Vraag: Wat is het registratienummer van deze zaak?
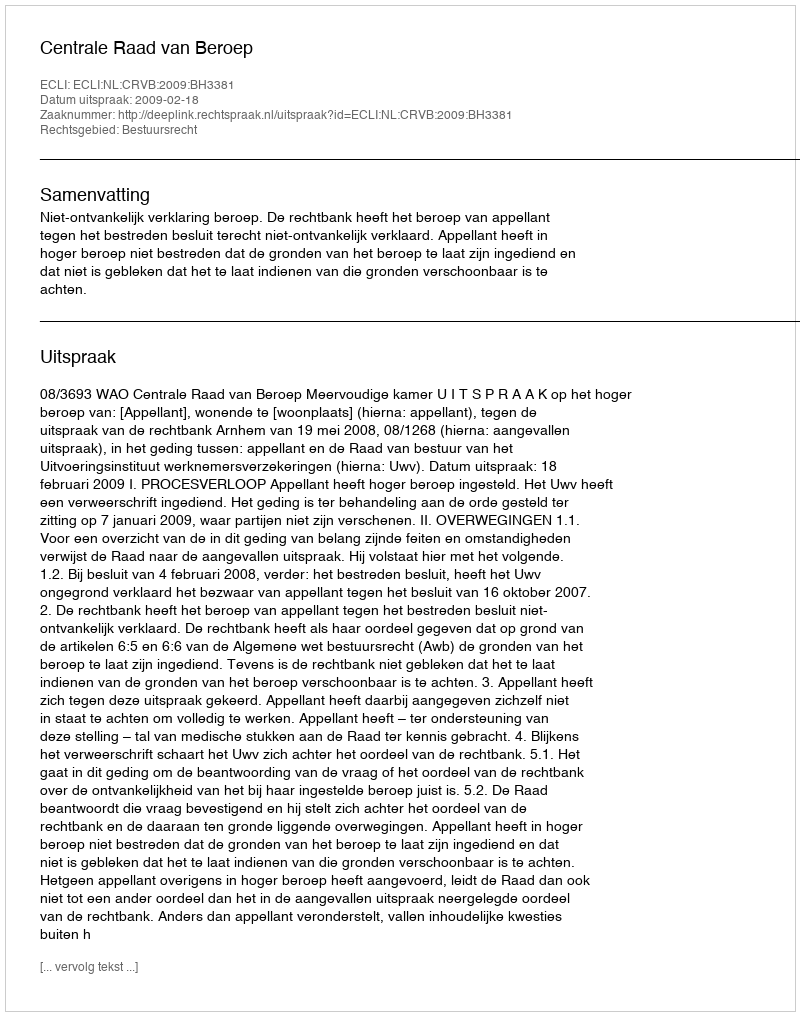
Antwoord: http://deeplink.rechtspraak.nl/uitspraak?id=ECLI:NL:CRVB:2009:BH3381